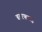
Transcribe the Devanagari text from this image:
बटरफ्लाइ